Medical and sanitary report of the native army of Madras for the year
Year: 1875
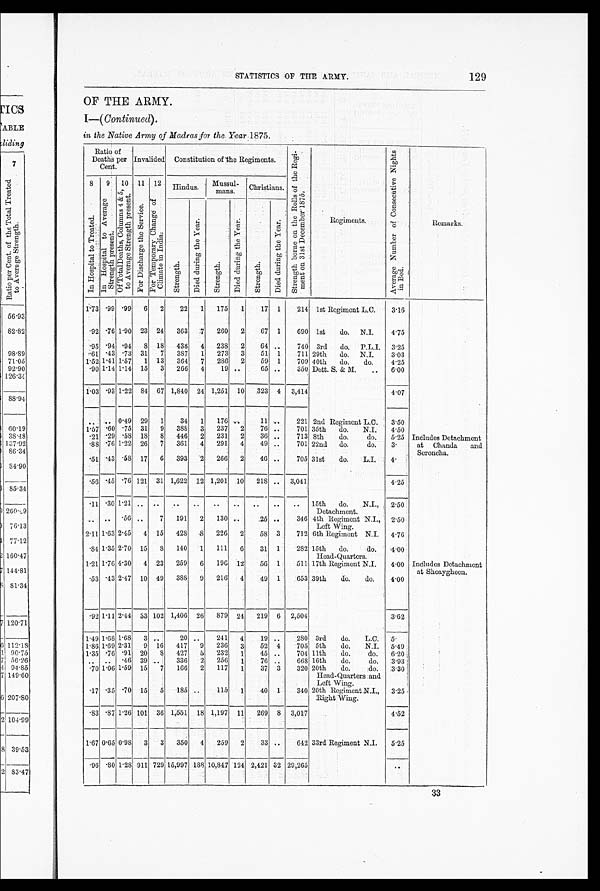
STATISTICS OF THE ARMY.
129
OF THE ARMY.
I—(Continued).
in, the Native Army of Madras for the Year 1875.
Ratio of
Deaths per
Cent.
Invalided Constitution of the Regiments.
S t r e n g t h b o r n e o n t h e R o l l s o f t h e R e g i m e n t o n 3 1 s t D e c e m b e r 1 8 7 5 .
Regiments.
A v e r a g e N u m b e r o f C o n s e c u t i v e N i g h t s i n B e d .
Remarks.
8
I n H o s p i t a l t o T r e a t e d .
9
I n H o s p i t a l t o A v e r a g e S t r e n g t h P r e s e n t .
1 0
O f T o t a l D e a t h s , C o l u m n s 4 & 5 , t o A v e r a g e S t r e n g h t P r e s e n t .
11
F o r D i s c h a r g e t h e S e r v i c e .
12
F o r T e m p o r a r y C h a n g e o f C l i m a t e i n I n d i a .
Hindus.
Mussul-
mans.
Christians.
St r e n g t h .
D i e d d u r i n g t h e Y e a r .
Strength.
D i e d d u r i n g t h e Y e a r .
St rengt h.
Di ed dur i ng t he Year .
1.73 .99 .99
6
2
22
1
175
1
17 1
214 1st Regiment L.C.
3.16
.92 .76 1.90 23 24
363
7
260
2
67 1
690 1st
do.
N.J.
4.75
.95 .94 .94
8 18
438
4
238
2
64 ..
740 3rd
do. P.L.I. 3.25
.61 .43 .73 31
7
387
1
273
3
51 1
711 29th
do.
N.I.
3.03
1.52 1.41 1.57
1 13
364
7
286
2
59 1
709 40th
do.
do.
4.25
90
1.14 1.14 15
3
266
4
19 ..
65 ..
350 Dett. S. & M.
..
6.00
1.03 .93 1.22
84 67 1,840 24 1,251 10
323 4 3,414
4.07
.. ..
0.49 29
1
34
1
176 ..
11
..
221 2nd Regiment L.C.
3.50
1.57 .60 .75 31
9
388
3
237
2
76 ..
701 35th
do.
N.I. 4.50
.21 .29 .58 18 8
446
2
231
2
36 ..
713 8th
do.
do.
5.25 Includes Detachment
at Chanda and S e r o n c h a .
. 8 8 .76 1.22 26
7
361
4
291
4
49 ..
701 22nd
do.
do.
3.
.51.43 .58 17
6
393
2
266
2
46 ..
705 31st
do.
L.I.
4.
.56 .45
. 7 6 121 31 1,622 12 1,201 10
218 ..
3,041
4.25
.11
.30
1.21 .. ..
.. .. .. .. .. .. ..
15th
do.
N.I.,
Detachment.
2.50
.. ..
.56
..
7
191
2
130
..
.25 ..
346 4th Regiment N.I.,
Left Wing.
2.50
2.11 1.63 2.45
4 15
428
8
226
2
58 3
712 6th Regiment N.J. 4.76
.84 1.35 2.70 15
8
140
1
111
6
31 1
282 15th
do.
do.
Head-Quarters and Left Wing.
4.00
1.21 1.76 4.30
4 23
259
6
196 12
56 1
511 17th Regiment N.I.
4.00 Includes Detachment
at Shoaygheen .
.53
. 4 3 2.47 10 49
388
9
216
4
49 1
653 39th
do.
do.
4.00
.92 1.11 2.44 33 102 1,406 26 879 24
219 6 2,504
3.62
1.49
1 . 6 8 1.68
3
..
20
..
241
4
19
..
280 3rd
do.
L.C.
5.
1.86 1.69 2.31
9 16
417
9
236
3
52
4
705 5th
do.
N.I. 5.49
1.35 .76 .91 20
8
427
5 232
1
45
..
704 11th
do.
do.
6.20
.. ..
.46 39
..
336
2
256
1
76 ..
668 16th
do.
do.
3.93
.70 1.06 1.59 15
7
166
2
117
1
37 3
320 20th
do.
do.
3.30
Head-Quarters and
Left Wing.
.17 .35 .70 15
5 .185 ..
115
1
40 1
340 20th Regiment N.I.,
Right Wing.
3.25
.83 .87
1.26 101 36 1,551 18 1,197 11
269 8 3,017
4.52
1.67 0.65 0.98
3
3
350
4
259
2
33 ..
642 33rd Regiment N.I.
5.25
.96 .80 1.28 911 729 15,997 188 10,847 124 2,421 32 29,265
..
33